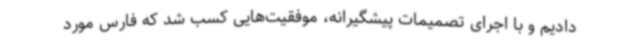
دادیم و با اجرای تصمیمات پیشگیرانه، موفقیت‌هایی کسب شد که فارس مورد